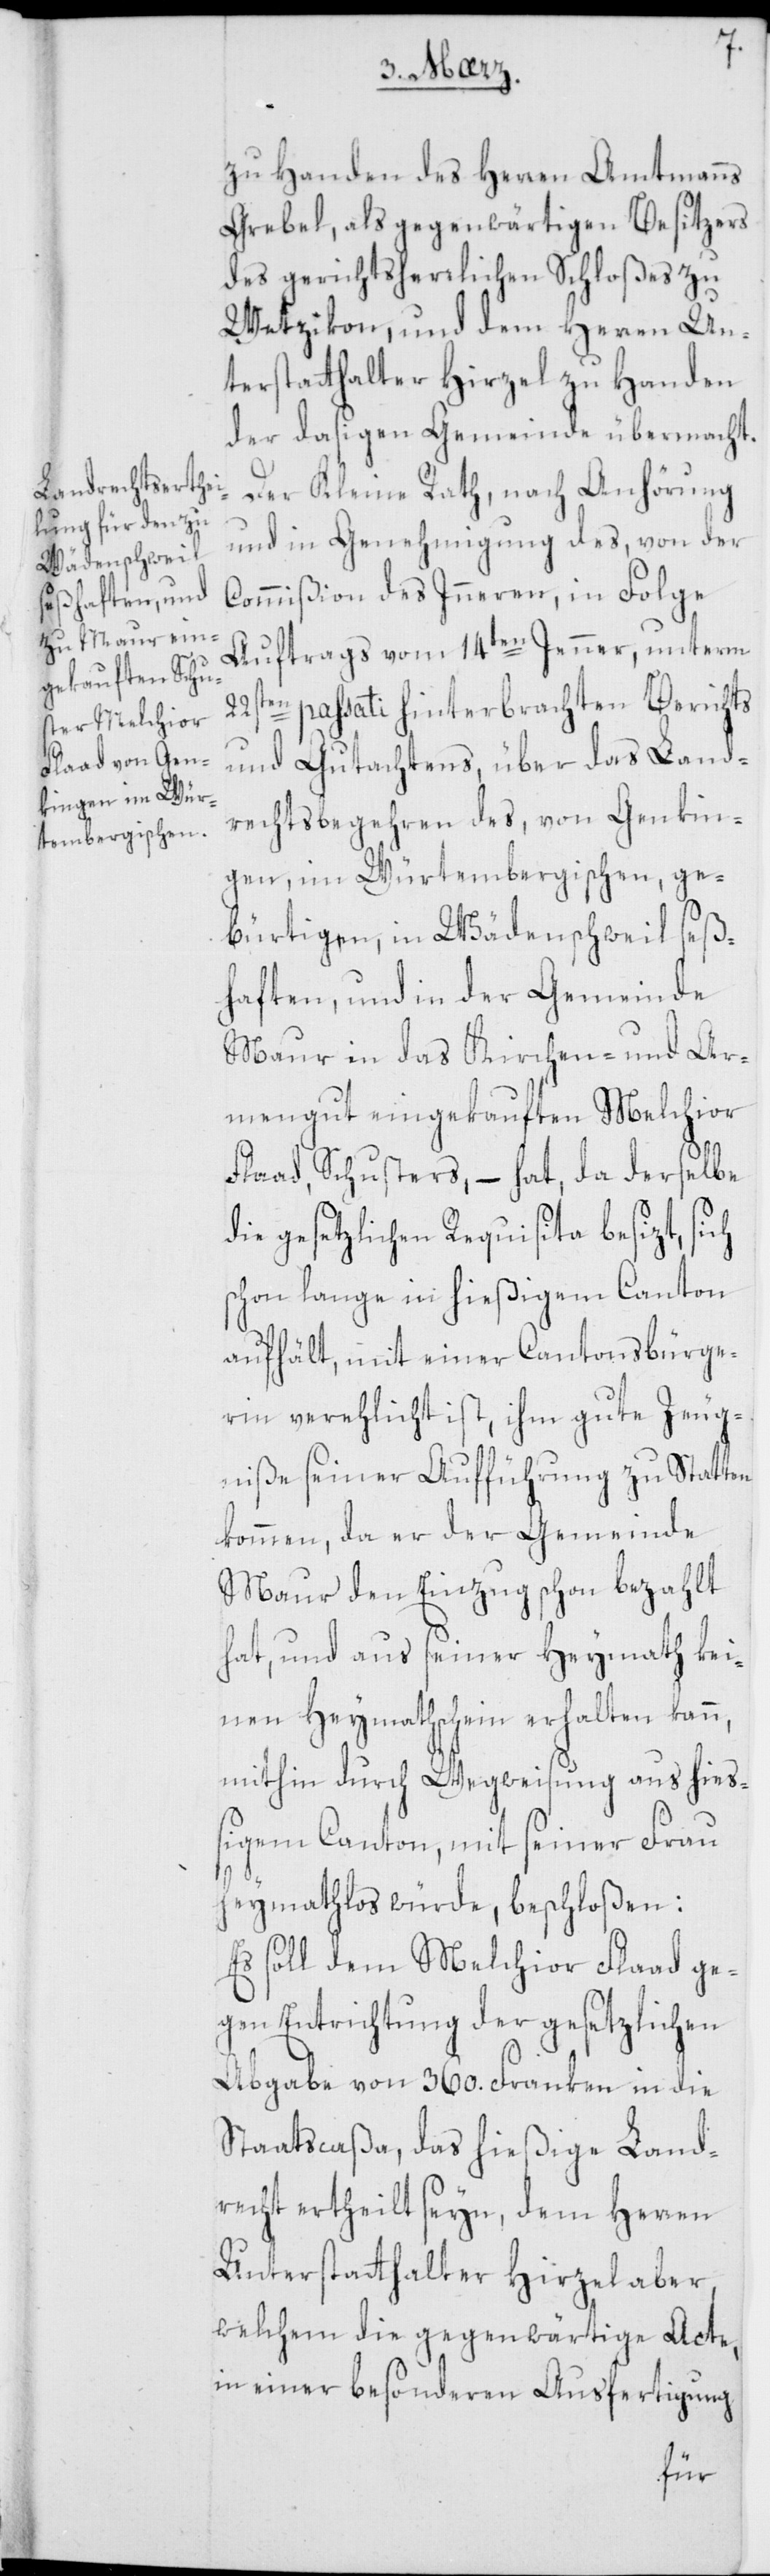
zu Handen des Herren Amtmanns
Grebel, als gegenwärtigen Besitzers
des gerichtsherrlichen Schloßes zu
Wetzikon, und dem Herren Un¬
terstatthalter Hirzel zu Handen
der dasigen Gemeinde übermacht.
Der Kleine Rath, nach Anhörung
und in Genehmigung des, von der
Commißion des Inneren, in Folge
Auftrags vom 14ten Jenner, unterm
22sten passati hinterbrachten Berichts
und Gutachtens, über das Land¬
rechtsbegehren des, von Genkin¬
gen, im Würtembergischen, ge¬
bürtigen, in Wädenschweil seß¬
haften, und in der Gemeinde
Maur in das Kirchen- und Ar¬
mengut eingekauften Melchior
Flaad, Schusters, – hat, da derselbe
die gesetzlichen Requisita besizt, sich
schon lange in hießigem Canton
aufhält, mit einer Cantonsbürge¬
rin verehlicht ist, ihm gute Zeug¬
niße seiner Aufführung zu Statten
kommen, da er der Gemeinde
Maur den Einzug schon bezahlt
hat, und aus seiner Heymath kei¬
nen Heymathschein erhalten kann,
mithin durch Wegweisung aus hieß¬
igem Canton, mit seiner Frau
heymathlos würde, beschloßen:
Es soll dem Melchior Flaad ge¬
gen Entrichtung der gesetzlichen
Abgabe von 360. Franken in die
Staatscaßa, das hießige Land¬
recht ertheilt seyn, dem Herren
Unterstatthalter Hirzel aber,
welchem die gegenwärtige Acte,
in einer besonderen Ausfertigung